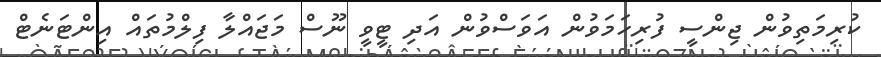
ކުރިމަތިވުން ޖިންސީ ފުރިހަމަވުން އަވަސްވުން އަދި ޓީވީ ނޫސް މަޖައްލާ ފިލްމުތައް އިންޓަނެޓް